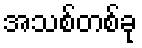
အသစ်တစ်ခု